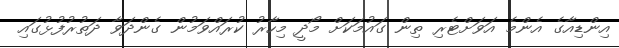
އިންޑިއާގެ އެންމެ އަވަށްޓެރި ތިން ގައުމަކަށް މޯދީ މިހާރު ކުރައްވަމުން ގެންދަވާ ދަތުރުފުޅުގައި